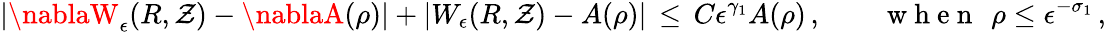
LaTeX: |\nablaW_{\epsilon}(R,\mathcal{Z})-\nablaA(\rho)|+|W_{\epsilon}(R,\mathcal{Z})-A(\rho)|\, \le\, C\epsilon^{\gamma_{1}}A(\rho)\, ,\qquad\mathrm{{~w~h~e~n~}}~\, \rho\le\epsilon^{-\sigma_{1}}\, ,